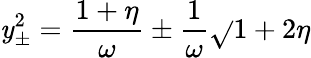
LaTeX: \mathit{y}_{\pm}^{2}={\frac{{1+\eta}}{{\omega}}}\pm{\frac{{1}}{{\omega}}}\sqrt{}{{1+2\eta}}